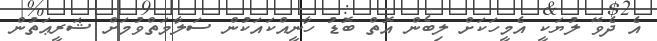
އެ ދެވޭ ލުޔަކީ އެމީހަކަށް ލިބެން އޮތް ބޮޑު ހާނީއްކައަކުން ސަލާމަތްވުމަށް ޝަރީޢަތުން